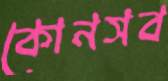
কোনসব